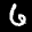
Digit: 6